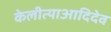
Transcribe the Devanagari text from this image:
केलीत्याआदिदेव